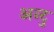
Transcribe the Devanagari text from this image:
अन्टु